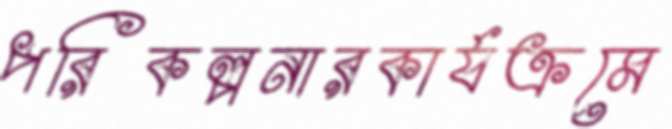
পরিকল্পনারকার্যক্রমে